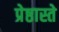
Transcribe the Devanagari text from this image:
प्रेष्ठास्ते